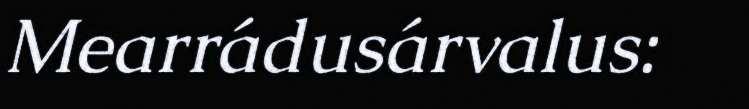
Mearrádusárvalus: